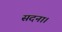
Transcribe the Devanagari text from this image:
सदना।